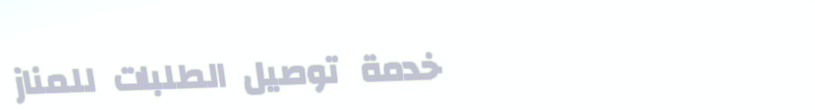
خدمة توصيل الطلبات للمناز